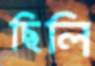
ছিলি